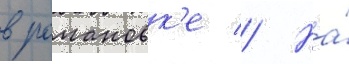
в романовк'е // На́